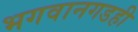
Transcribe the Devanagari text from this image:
भगवानगडही